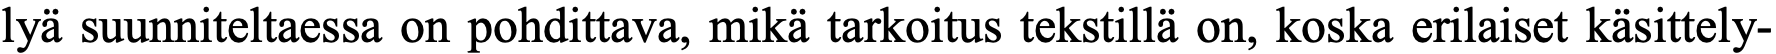
lyä suunniteltaessa on pohdittava, mikä tarkoitus tekstillä on, koska erilaiset käsittely-